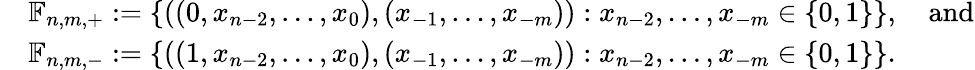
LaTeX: \begin{array}{rl}&{\mathbb{F}_{n,m,+}:=\{ ((0,x_{n-2},\ldots,x_{0}),(x_{-1},\ldots,x_{-m})):x_{n-2},\ldots,x_{-m}\in\{ 0,1\} \} ,\quad\mathrm{and}}\\ &{\mathbb{F}_{n,m,-}:=\{ ((1,x_{n-2},\ldots,x_{0}),(x_{-1},\ldots,x_{-m})):x_{n-2},\ldots,x_{-m}\in\{ 0,1\} \} .}\end{array}